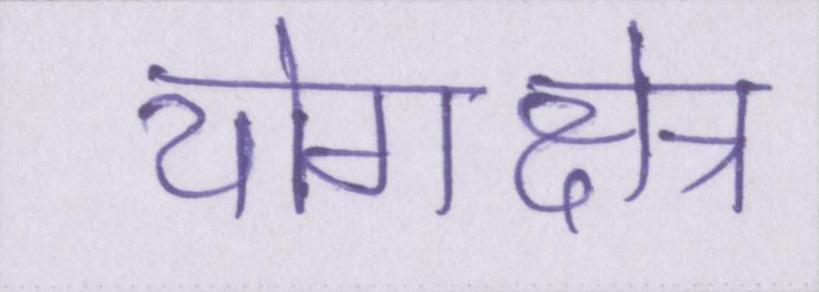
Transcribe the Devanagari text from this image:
योगक्षेत्र